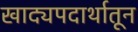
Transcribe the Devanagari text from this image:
खाद्यपदार्थातून